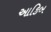
આકિબ